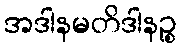
အဒါနမတိဒါနဉ္စ